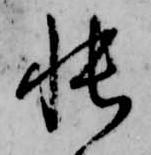
帳